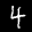
Label: 4